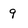
Character: 9